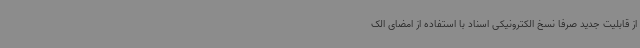
از قابلیت جدید صرفاً نسخ الکترونیکی اسناد با استفاده از امضای الک